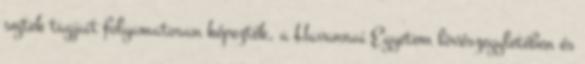
sejtek tagjait folyamatosan képezték, a Havannai Egyetem lövészegyletében és